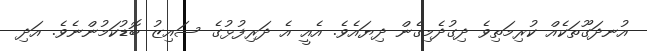
އުނދަގޫތަކެއް ކުރިމަތިވެ ދިގުދެމިގެން ދިޔައެވެ. އެއީ އެ ދަރިފުޅުގެ ސައިޒު ބޮޑުކަމުންނެވެ. އަދި